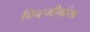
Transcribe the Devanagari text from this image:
चिन्हमीमांसा